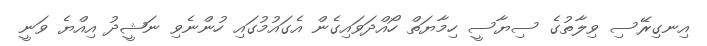
އިނގިރޭސި ވިލާތުގެ ސިޔާސީ ހިމާޔަތް ހޯއްދަވައިގެން އެގައުމުގައި ހުންނެވި ނަޝީދު އިއްޔެ ވަނީ